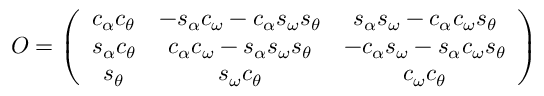
O = \left( \begin{array} { c c c } { { c _ { \alpha } c _ { \theta } } } & { { - s _ { \alpha } c _ { \omega } - c _ { \alpha } s _ { \omega } s _ { \theta } } } & { { s _ { \alpha } s _ { \omega } - c _ { \alpha } c _ { \omega } s _ { \theta } } } \\ { { s _ { \alpha } c _ { \theta } } } & { { c _ { \alpha } c _ { \omega } - s _ { \alpha } s _ { \omega } s _ { \theta } } } & { { - c _ { \alpha } s _ { \omega } - s _ { \alpha } c _ { \omega } s _ { \theta } } } \\ { { s _ { \theta } } } & { { s _ { \omega } c _ { \theta } } } & { { c _ { \omega } c _ { \theta } } } \end{array} \right)